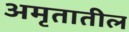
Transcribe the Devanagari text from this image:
अमृतातील